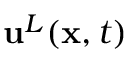
{ \mathbf { u } } ^ { L } ( { \mathbf { x } } , t )